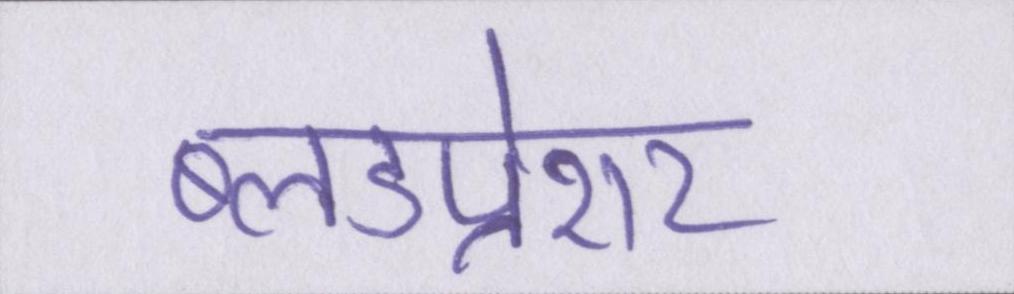
ब्लडप्रेशर